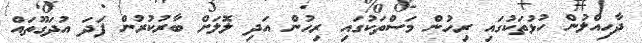
ދާހިއްލުން ހުޅުތަކުގައި ރިހުން މަސްތަކުގައި ރިހުން އަދި ލޮލަށް ބާރުކުރުން ފަދަ އުދަގޫތައް